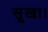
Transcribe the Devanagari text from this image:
सूखा।